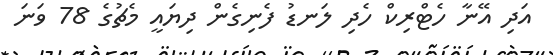
އަދި އޭނާ ހެޓްރިކް ހެދި ލަނޑު ފެނިގެން ދިޔައީ މެޗުގެ 78 ވަނަ